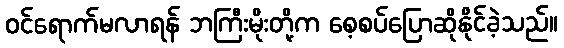
ဝင်ရောက်မလာရန် ဘကြီးမိုးတို့က စေ့စပ်ပြောဆိုနိုင်ခဲ့သည်။